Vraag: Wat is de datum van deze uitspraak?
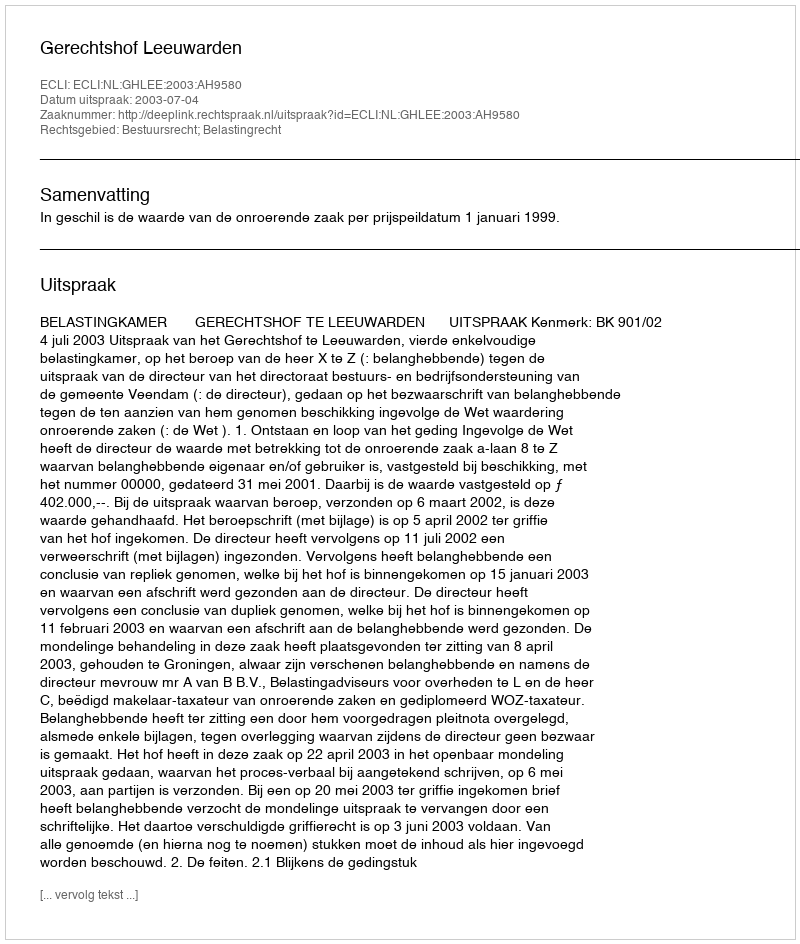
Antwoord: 2003-07-04